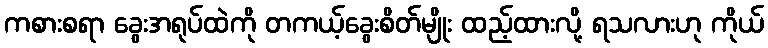
ကစားစရာ ခွေးအရုပ်ထဲကို တကယ့်ခွေးစိတ်မျိုး ထည့်ထားလို့ ရသလားဟု ကိုယ်